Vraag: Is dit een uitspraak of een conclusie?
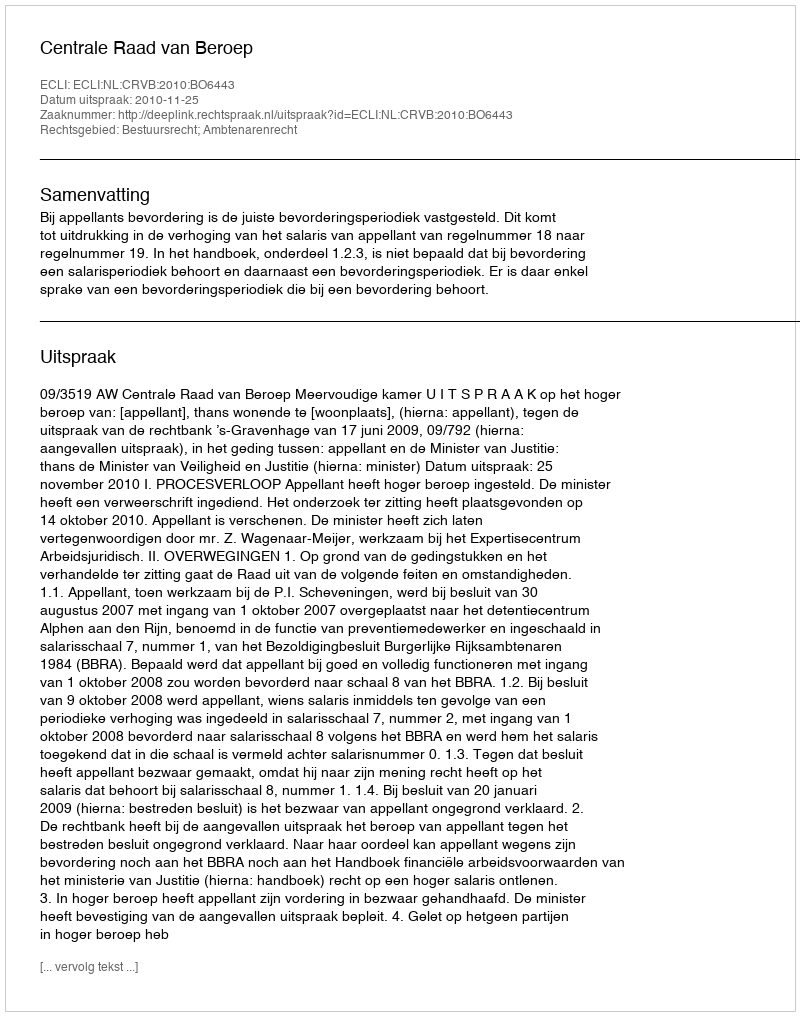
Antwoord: Uitspraak